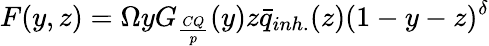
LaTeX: F(y,z)=\Omega yG_{\frac{CQ}{p}}(y)z\bar{q}_{inh.}(z)(1-y-z)^{\delta}